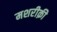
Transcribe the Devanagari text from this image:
मशरीक़ी